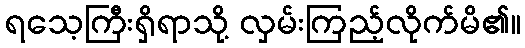
ရသေ့ကြီးရှိရာသို့ လှမ်းကြည့်လိုက်မိ၏။